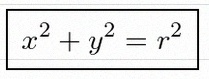
x^2+y^2=r^2